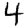
Digit: 4